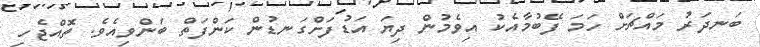
ބަނދަރު މައްޗަށް ހަމަ ފޭބުމާއެކު އިވެމުން ދިޔަ އަޑުފަށްގަނޑުން ކަންފަތް ބަންވިއެވެ. ތޮއްޖެހި